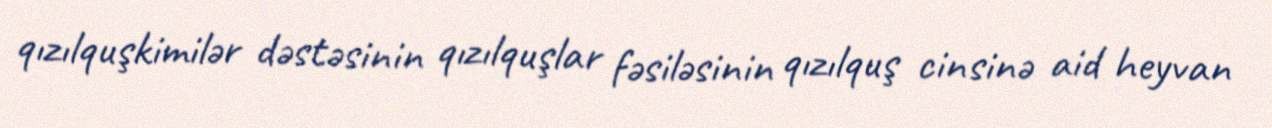
qızılquşkimilər dəstəsinin qızılquşlar fəsiləsinin qızılquş cinsinə aid heyvan